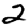
Digit: 2